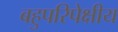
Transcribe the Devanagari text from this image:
बहुपरिपेक्षीय